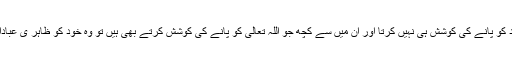
مادیت پرستی کے اس دور میں انسان اپنے عظیم مقصد کو بھول گیا ہے اور اپنے عظیم مقصد کو پانے کی کوشش ہی نہیں کرتا اور اِن میں سے کچھ جو اللہ تعالیٰ کو پانے کی کوشش کرتے بھی ہیں تو وہ خود کو ظاہر ی عبادات میں مصروف رکھتے ہیں جس سے وہ اہلِ علم تو بن جاتے ہیں مگر اہلِ تصوف نہیں بنتے۔